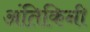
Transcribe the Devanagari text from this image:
अंतिकिनी